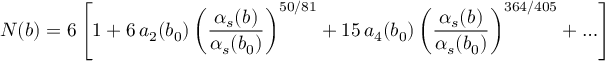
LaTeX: N ( b ) = 6 \left[ 1 + 6 \, a _ { 2 } ( b _ { 0 } ) \left( \frac { \alpha _ { s } ( b ) } { \alpha _ { s } ( b _ { 0 } ) } \right) ^ { 5 0 / 8 1 } + 1 5 \, a _ { 4 } ( b _ { 0 } ) \left( \frac { \alpha _ { s } ( b ) } { \alpha _ { s } ( b _ { 0 } ) } \right) ^ { 3 6 4 / 4 0 5 } + \ldots \right]